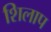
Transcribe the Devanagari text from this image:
शिलाप